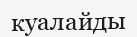
куалайды